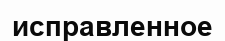
исправленное